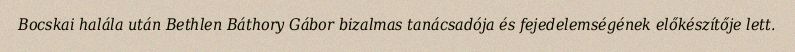
Bocskai halála után Bethlen Báthory Gábor bizalmas tanácsadója és fejedelemségének előkészítője lett.